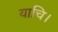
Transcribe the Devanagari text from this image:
याचि।